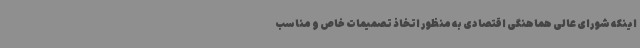
اینکه شورای عالی هماهنگی اقتصادی به منظور اتخاذ تصمیمات خاص و مناسب